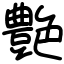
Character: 艶